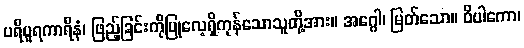
ပရိပူရကာရီနံ၊ ဖြည့်ခြင်းကိုပြုလေ့ရှိကုန်သောသူတို့အား။ အဂ္ဂေါ၊ မြတ်သော။ ဝိပါကော၊